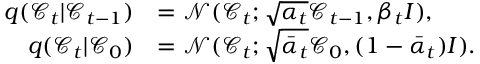
\begin{array} { r l } { q ( \mathcal { C } _ { t } \vert \mathcal { C } _ { t - 1 } ) } & { = \mathcal { N } ( \mathcal { C } _ { t } ; \sqrt { \alpha _ { t } } \mathcal { C } _ { t - 1 } , \beta _ { t } I ) , } \\ { q ( \mathcal { C } _ { t } \vert \mathcal { C } _ { 0 } ) } & { = \mathcal { N } ( \mathcal { C } _ { t } ; \sqrt { \bar { \alpha } _ { t } } \mathcal { C } _ { 0 } , ( 1 - \bar { \alpha } _ { t } ) I ) . } \end{array}